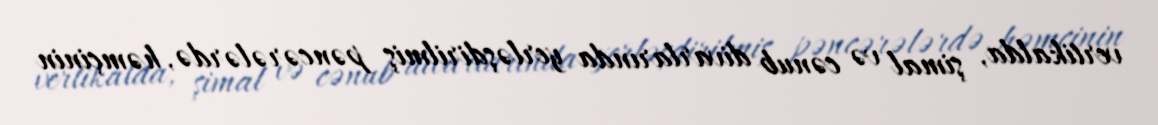
vertikalda, şimal və cənub divarlarında yerləşdirilmiş pəncərələrdə, həmçinin